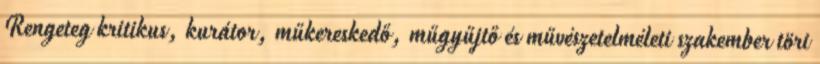
Rengeteg kritikus, kurátor, műkereskedő, műgyűjtő és művészetelméleti szakember töri